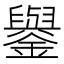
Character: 𨮖